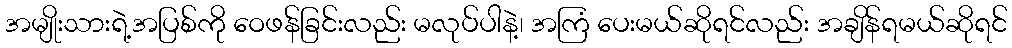
အမျိုးသားရဲ့အပြစ်ကို ဝေဖန်ခြင်းလည်း မလုပ်ပါနဲ့၊ အကြံ ပေးမယ်ဆိုရင်လည်း အချိန်ရမယ်ဆိုရင်